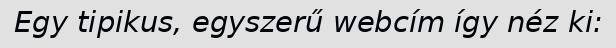
Egy tipikus, egyszerű webcím így néz ki: